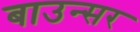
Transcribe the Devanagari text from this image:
बाउन्सर